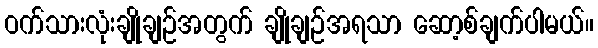
ဝက်သားလုံးချိုချဉ်အတွက် ချိုချဉ်အရသာ ဆော့စ်ချက်ပါမယ်။